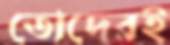
তোদেরই